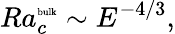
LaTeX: Ra_{c}^{\mathrm{\tiny{bulk}}}\sim E^{-4/3},